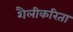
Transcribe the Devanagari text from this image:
शैलीकरिता